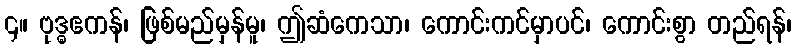
၄။ ဗုဒ္ဓဧကန်၊ ဖြစ်မည်မှန်မူ၊ ဤဆံကေသာ၊ ကောင်းကင်မှာပင်၊ ကောင်းစွာ တည်ရန်၊